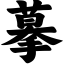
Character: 摹